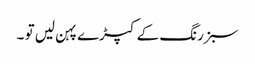
سبز رنگ کے کپڑے پہن لیں تو ۔